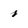
Character: 1